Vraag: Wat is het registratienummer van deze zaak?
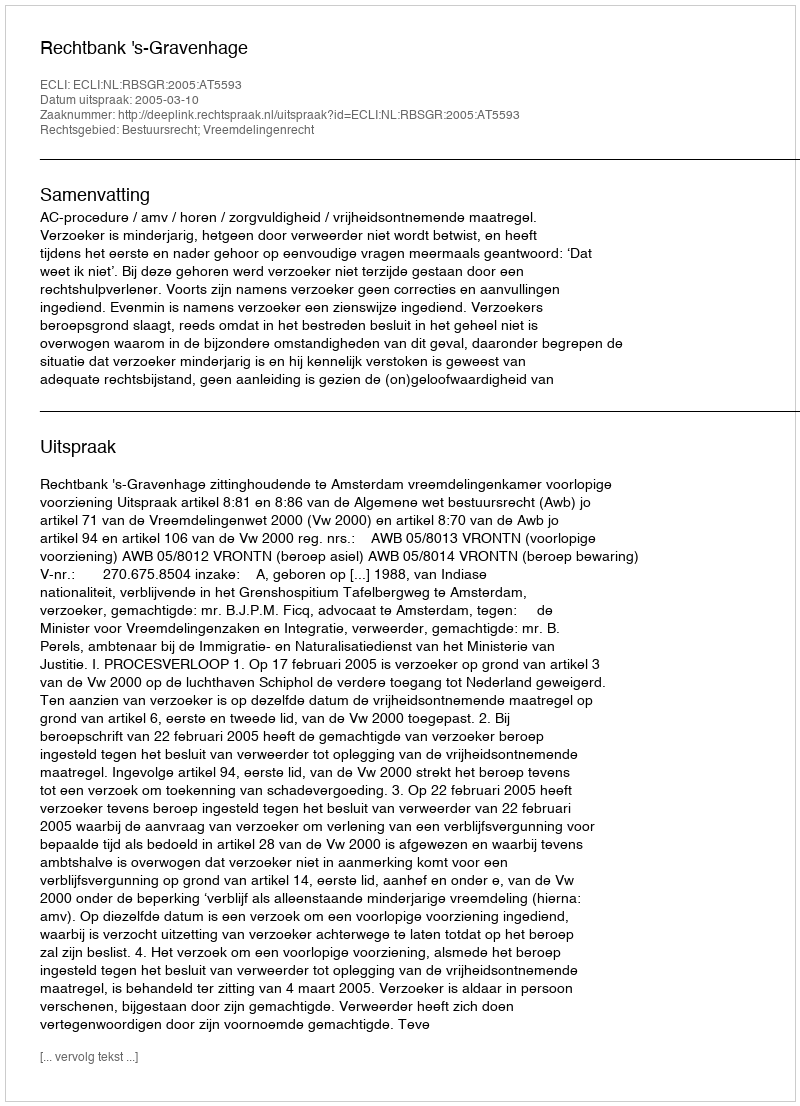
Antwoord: http://deeplink.rechtspraak.nl/uitspraak?id=ECLI:NL:RBSGR:2005:AT5593